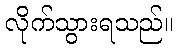
လိုက်သွားရသည်။